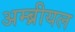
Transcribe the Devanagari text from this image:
अम्ब्रीयल